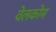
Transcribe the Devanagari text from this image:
वेलकोम